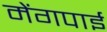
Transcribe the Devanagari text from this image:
मेंगपाई